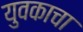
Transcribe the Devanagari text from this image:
युवकाचा